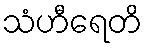
သံဟီရေတိ